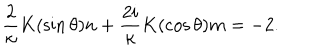
\frac { 2 } { \kappa } K ( \sin \theta ) n + \frac { 2 i } { \kappa } K ( \cos \theta ) m = - 2 .